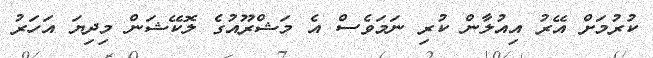
ކުރުމަށް އޭރު އިއުލާން ކުރި ނަމަވެސް އެ މަޝްރޫއުގެ ލޮކޭޝަން މިދިޔަ އަހަރު